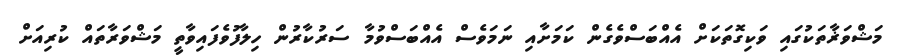
މަޝްވަޜާތަކުގައި ވަކިގޮތަކަށް އެއްބަސްވެގެން ކަމަށާއި ނަމަވެސް އެއްބަސްވުމާ ސަރުކާރުން ހިލާފުވެފައިވާތީ މަޝްވަރާތައް ކުރިއަށް